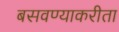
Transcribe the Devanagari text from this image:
बसवण्याकरीता